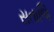
સતાજિ